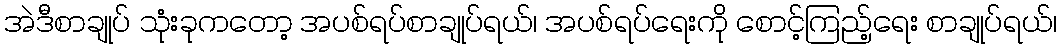
အဲဒီစာချုပ် သုံးခုကတော့ အပစ်ရပ်စာချုပ်ရယ်၊ အပစ်ရပ်ရေးကို စောင့်ကြည့်ရေး စာချုပ်ရယ်၊